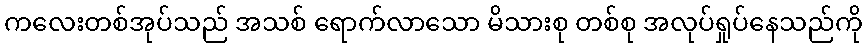
ကလေးတစ်အုပ်သည် အသစ် ရောက်လာသော မိသားစု တစ်စု အလုပ်ရှုပ်နေသည်ကို